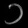
Digit: ၁